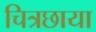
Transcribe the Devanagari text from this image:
चित्रछाया